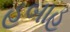
હબાહ